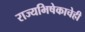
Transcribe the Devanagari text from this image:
राज्यभिषेकाचेही